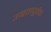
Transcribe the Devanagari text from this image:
उग्रतापूर्वक